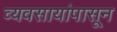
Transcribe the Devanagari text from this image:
व्यवसायांपासून